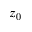
z _ { 0 }